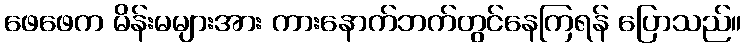
ဖေဖေက မိန်းမများအား ကားနောက်ဘက်တွင်နေကြရန် ပြောသည်။